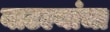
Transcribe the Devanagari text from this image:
बाटल्यांचा